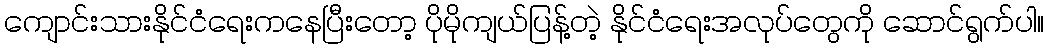
ကျောင်းသားနိုင်ငံရေးကနေပြီးတော့ ပိုမိုကျယ်ပြန့်တဲ့ နိုင်ငံရေးအလုပ်တွေကို ဆောင်ရွက်ပါ။